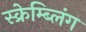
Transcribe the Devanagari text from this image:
स्क्रेम्ब्लिंग